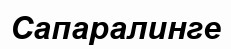
Сапаралинге